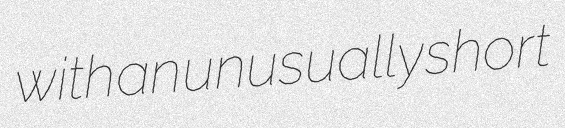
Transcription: with an unusually short